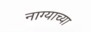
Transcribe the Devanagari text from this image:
नाग्याच्या